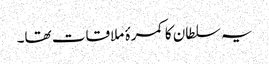
یہ سلطان کا کمرۂ ملاقات تھا۔